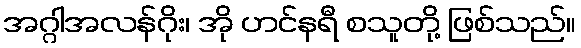
အဂ္ဂါအလန်ဂိုး၊ အို ဟင်နရီ စသူတို့ ဖြစ်သည်။